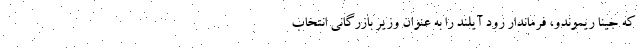
که جینا ریموندو، فرماندار رود آیلند را به عنوان وزیر بازرگانی انتخاب